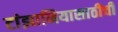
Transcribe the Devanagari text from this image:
टांझानियासाठीची